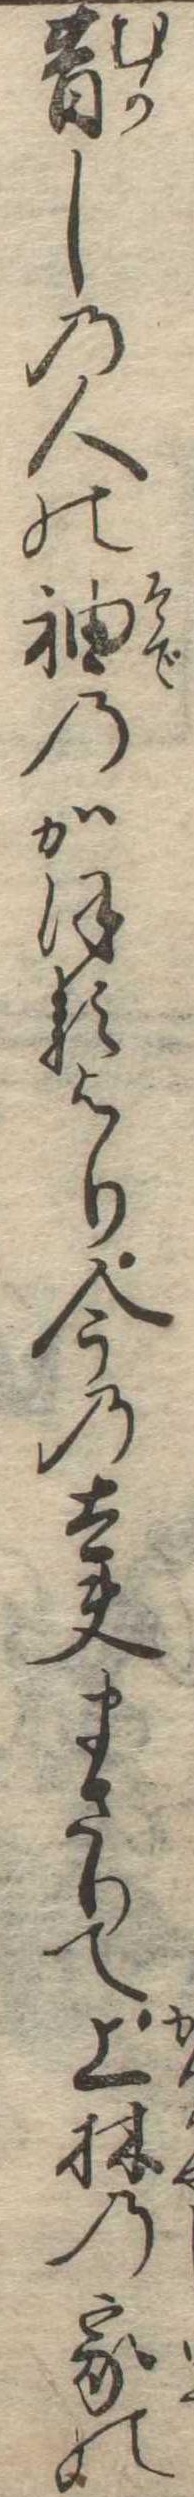
昔しの人の袖のかほるより今の太夫まさりて上林の家の